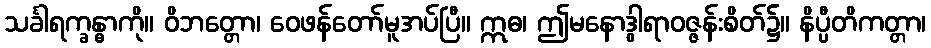
သင်္ခါရက္ခန္ဓာကို။ ဝိဘတ္တော၊ ဝေဖန်တော်မူအပ်ပြီ။ ဣဓ၊ ဤမနောဒွါရာဝဇ္ဇန်းစိတ်၌။ နိပ္ပီတိကတ္တာ၊